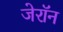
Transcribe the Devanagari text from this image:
जेरॉन